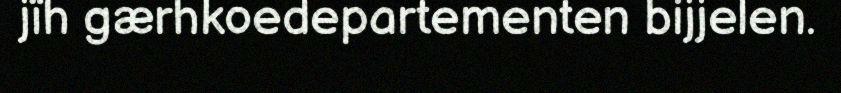
jïh gærhkoedepartementen bijjelen.